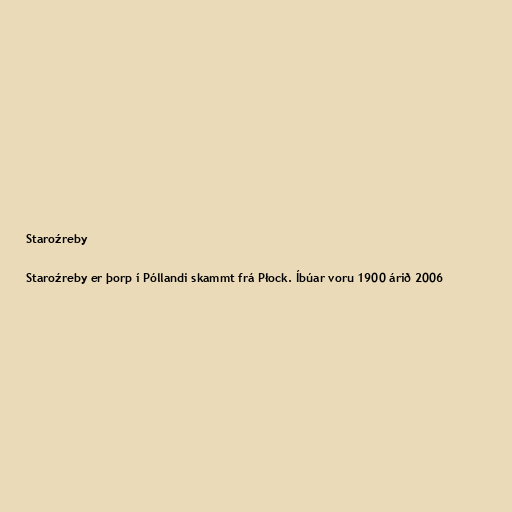
Staroźreby

Staroźreby er þorp í Póllandi skammt frá Płock. Íbúar voru 1900 árið 2006